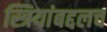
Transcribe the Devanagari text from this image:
स्त्रियांबद्दलच